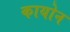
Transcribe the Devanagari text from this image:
कायोन